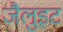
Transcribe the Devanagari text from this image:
जैलुइट